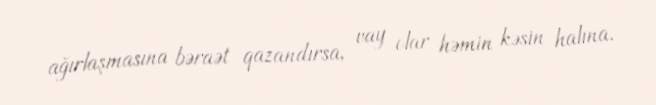
ağırlaşmasına bəraət qazandırsa, vay olar həmin kəsin halına.